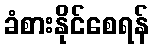
ခံစားနိုင်စေရန်